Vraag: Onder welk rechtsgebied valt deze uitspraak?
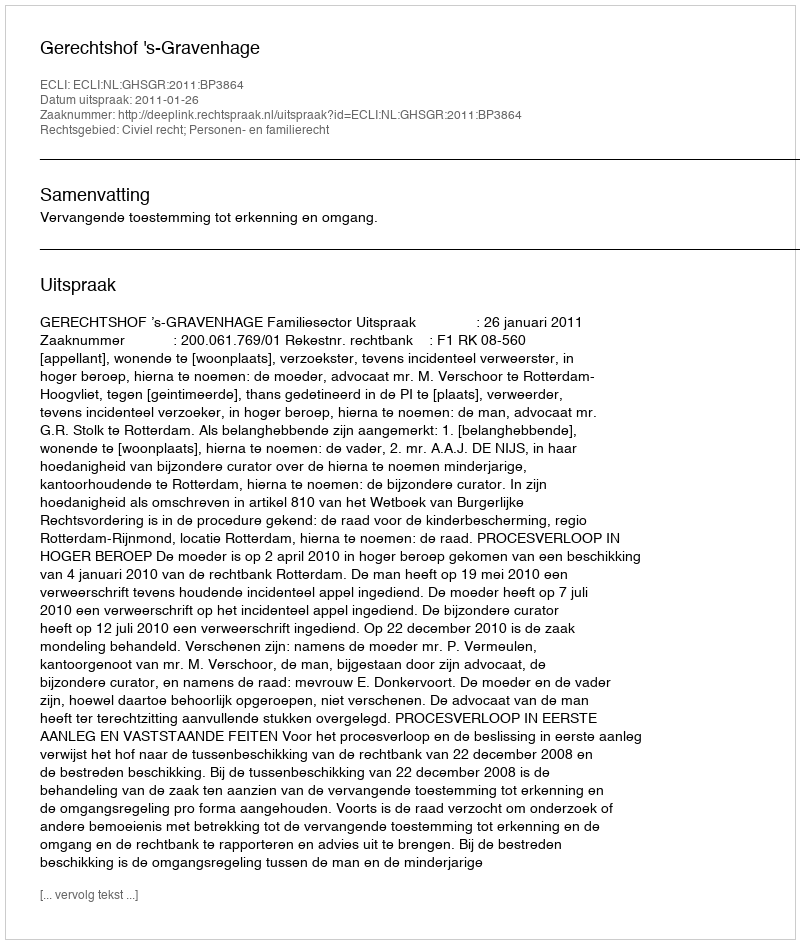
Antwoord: Civiel recht; Personen- en familierecht